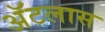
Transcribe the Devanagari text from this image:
अॅटलास